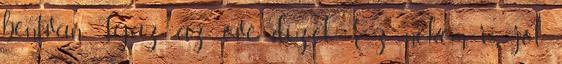
bentvan. Igaz, az övé dízel. Ez nekem is jól